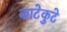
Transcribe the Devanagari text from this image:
काटेकुटे